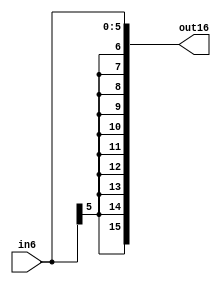
module sign_6_16 (in6,out16);
	input [5:0] in6;
	output reg [15:0] out16;
	
	always @(in6)
			out16 <= { {10{in6[5]}} , in6 };

endmodule